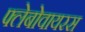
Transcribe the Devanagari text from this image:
फ्लेबोवायरस